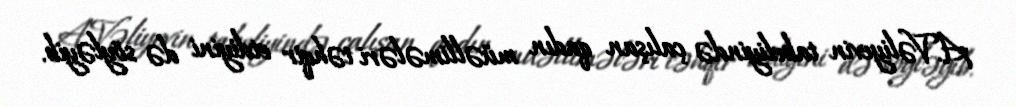
A.Vəliyevin tabeliyində çalışan qadın müəllimələri təhqir etdiyini də söyləyib.